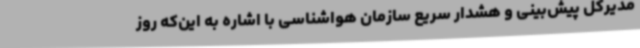
مدیرکل پیش‌بینی و هشدار سریع سازمان هواشناسی با اشاره به این‌که روز